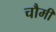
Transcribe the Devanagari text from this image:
चौमी